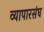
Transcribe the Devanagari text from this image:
व्यापारसंघ